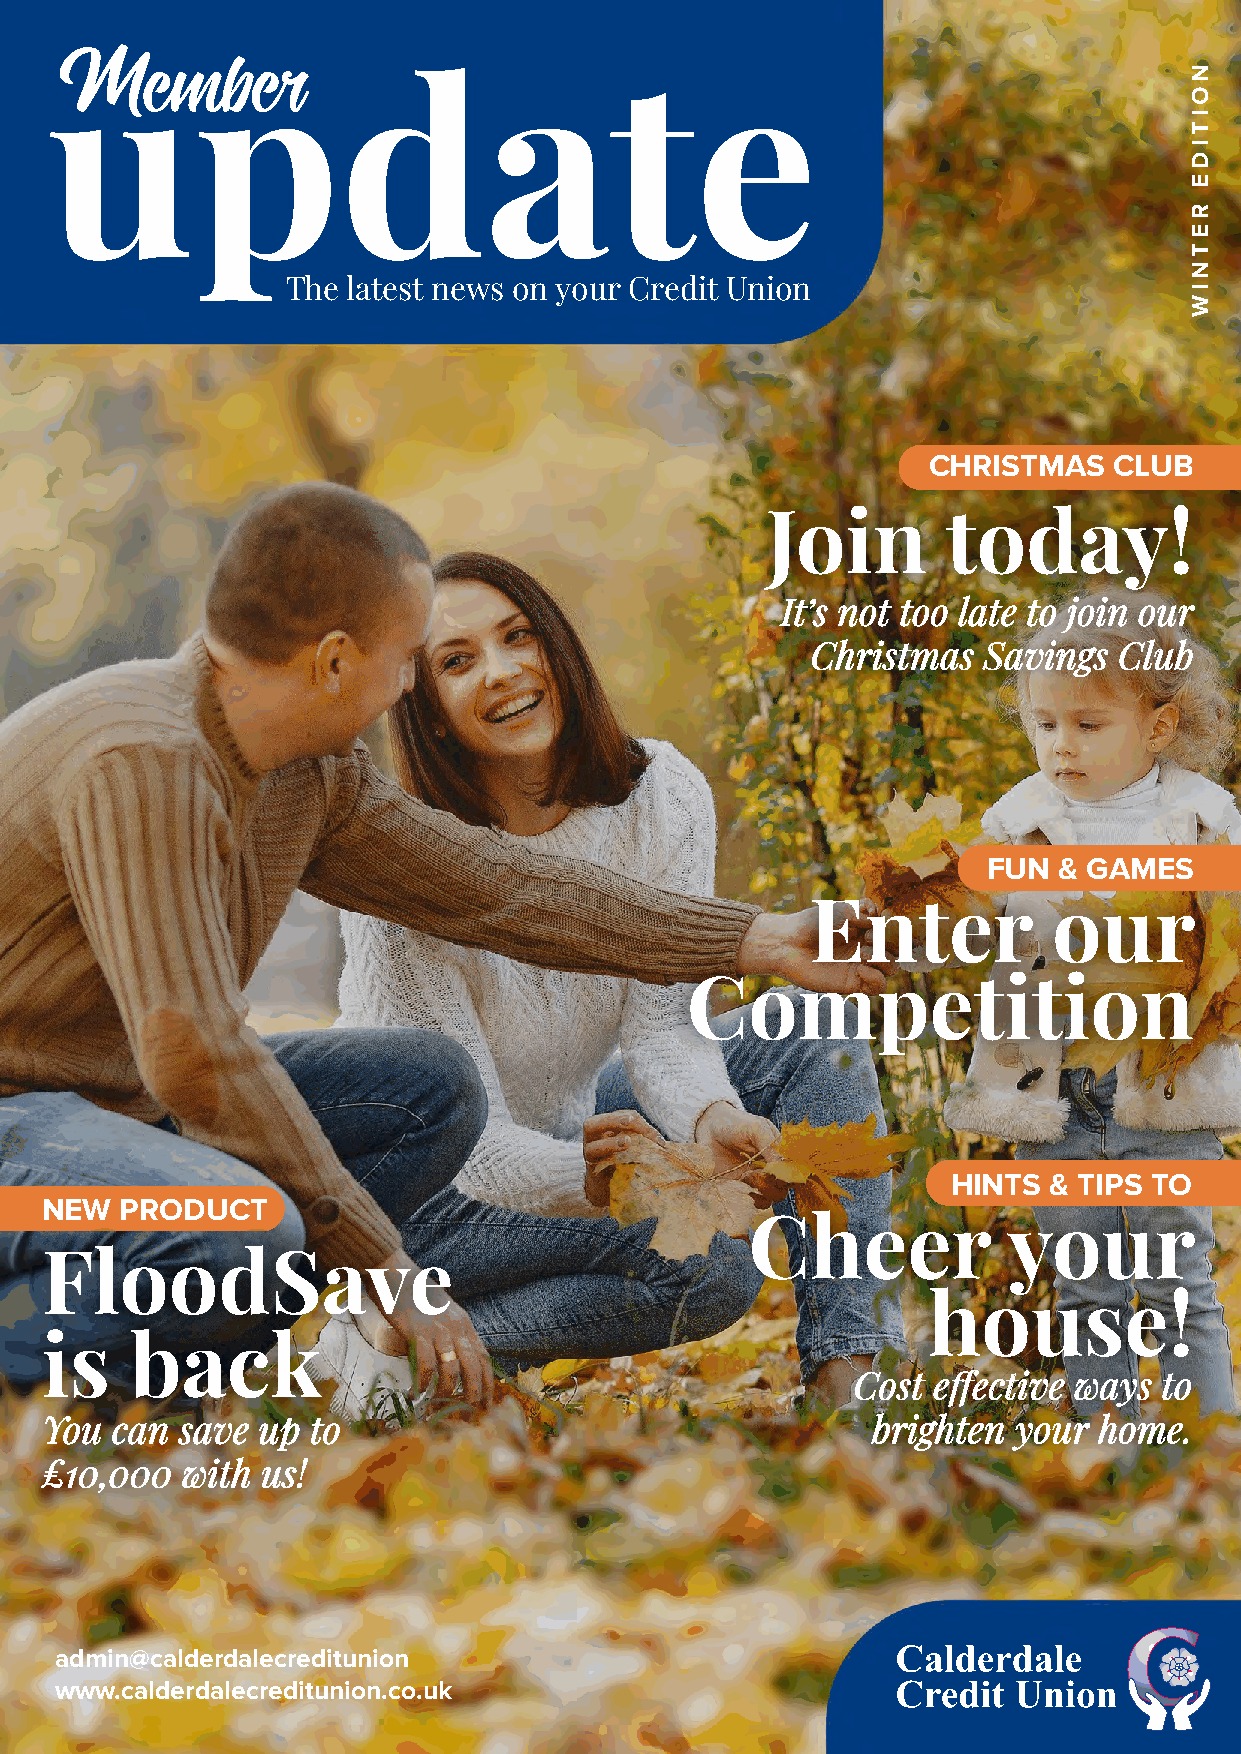
Member
 update
 The latest news on your Credit Union
 CHRISTMAS    CLUB
 Join        today!
 IItt’’ss nnoott ttoooo llaattee ttoo jjooiinn oouurr
 CChhrriissttmmaass SSaavviinnggss CClluubb
 FUN  & GAMES
 Enter           our
 Competition
 HINTS & TIPS TO
 NEW  PRODUCT
 Cheer            your
 FloodSave
 house!
 is    back
 CCoosstt eeffffeeccttiivvee wwaayyss ttoo
 YYoouu ccaann ssaavvee uupp ttoo                       bbrriigghhtteenn yyoouurr hhoommee..
 ££1100,,000000 wwiitthh uuss!!
 admin@calderdalecreditunion
 www.calderdalecreditunion.co.uk
 NOITIDE
 RETNIW